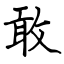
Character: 敢